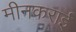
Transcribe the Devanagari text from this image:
मीनकराई